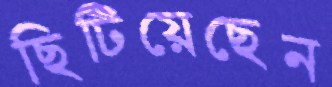
ছিটিয়েছেন